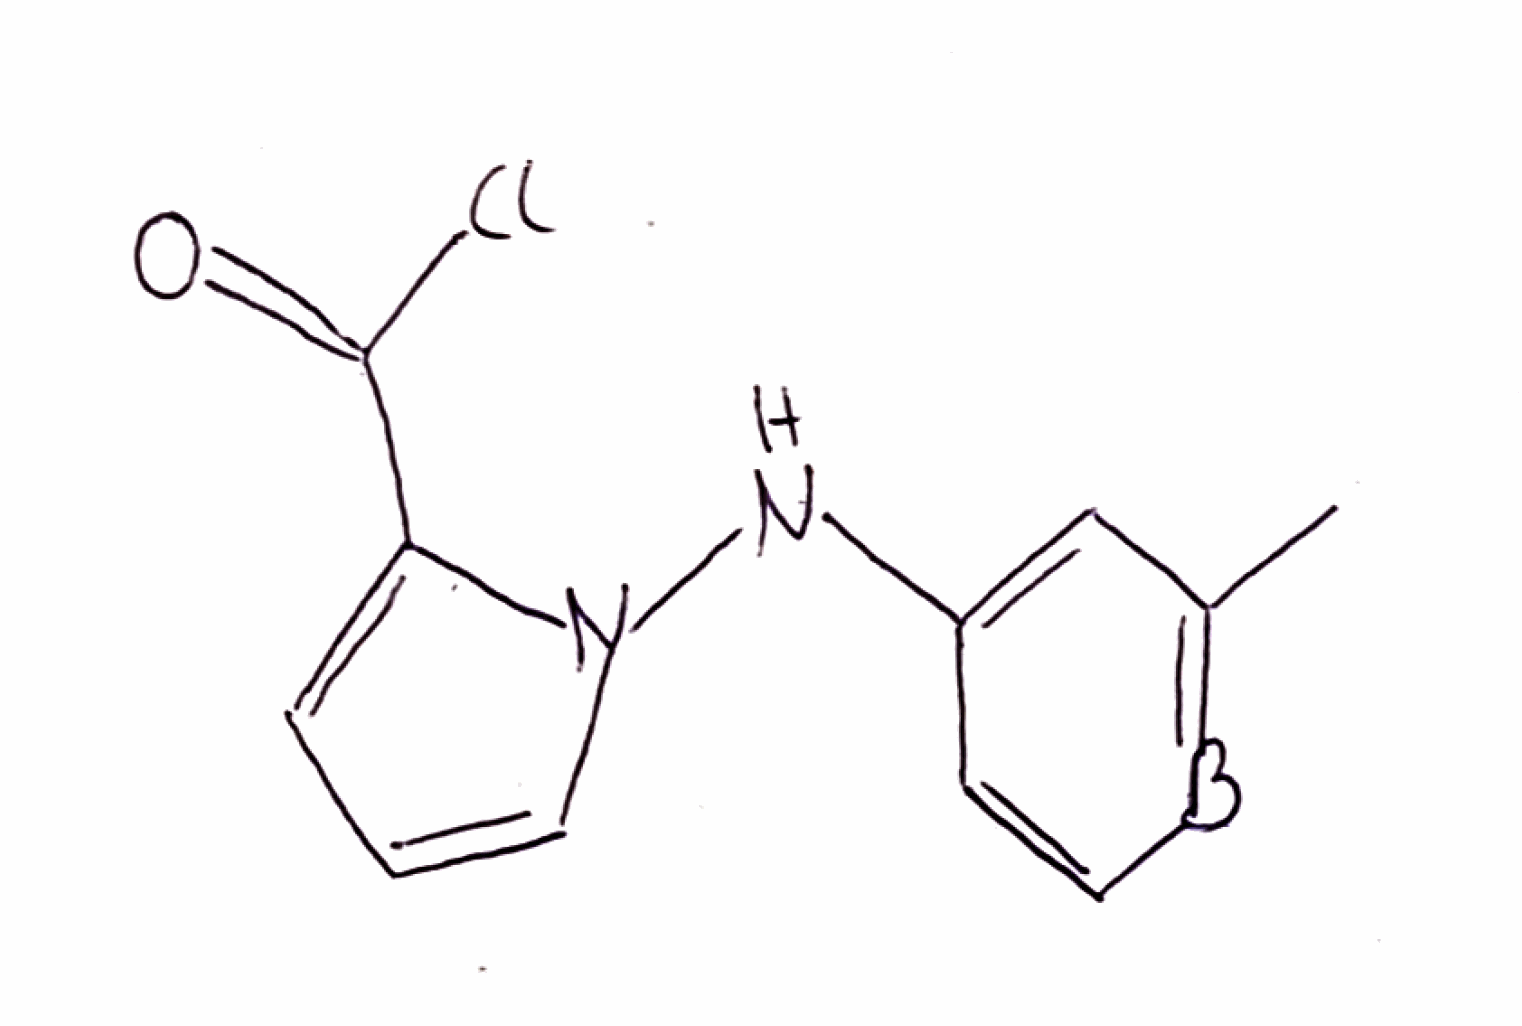
Simplified molecular-input line-entry system (SMILES) notation of the given molecule:
B1=C(C=C(C=C1)NN2C=CC=C2C(=O)Cl)C